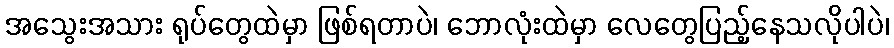
အသွေးအသား ရုပ်တွေထဲမှာ ဖြစ်ရတာပဲ၊ ဘောလုံးထဲမှာ လေတွေပြည့်နေသလိုပါပဲ၊